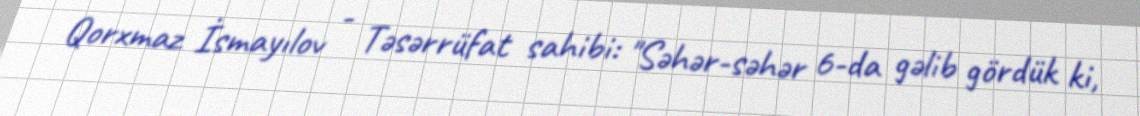
Qorxmaz İsmayılov - Təsərrüfat sahibi: "Səhər-səhər 6-da gəlib gördük ki,